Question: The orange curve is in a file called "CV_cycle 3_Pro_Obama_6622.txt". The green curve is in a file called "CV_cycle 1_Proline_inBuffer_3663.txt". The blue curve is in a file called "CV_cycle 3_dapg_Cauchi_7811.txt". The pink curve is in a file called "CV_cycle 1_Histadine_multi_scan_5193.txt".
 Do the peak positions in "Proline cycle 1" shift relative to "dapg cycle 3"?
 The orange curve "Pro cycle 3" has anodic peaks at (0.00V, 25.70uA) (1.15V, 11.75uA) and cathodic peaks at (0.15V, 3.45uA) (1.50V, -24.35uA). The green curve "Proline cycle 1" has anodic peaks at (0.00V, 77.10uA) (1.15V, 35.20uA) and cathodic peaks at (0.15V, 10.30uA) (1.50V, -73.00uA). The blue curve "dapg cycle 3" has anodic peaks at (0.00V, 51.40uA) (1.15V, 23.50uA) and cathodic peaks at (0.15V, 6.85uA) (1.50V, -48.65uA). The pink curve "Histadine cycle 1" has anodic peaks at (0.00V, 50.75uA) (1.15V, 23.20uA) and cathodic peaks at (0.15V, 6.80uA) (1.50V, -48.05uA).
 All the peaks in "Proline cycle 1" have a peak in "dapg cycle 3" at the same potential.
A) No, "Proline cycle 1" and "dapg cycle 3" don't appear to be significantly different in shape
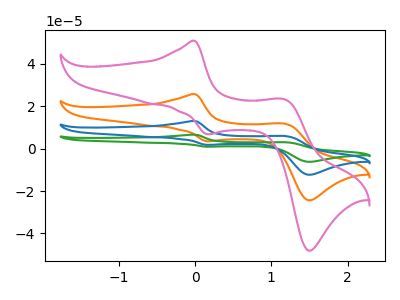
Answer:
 <answer>A) No, "Proline cycle 1" and "dapg cycle 3" don't appear to be significantly different in shape</answer>
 <eval>A</eval>